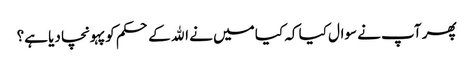
پھر آپ نے سوال کیا کہ کیا میں نے الله کے حکم کو پہونچا دیا ہے؟